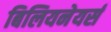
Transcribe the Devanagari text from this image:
बिलियनेयर्स